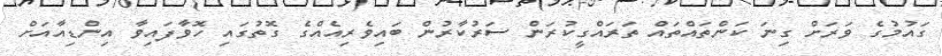
ގައުމުގެ ވަރަށް ގިނަ ކަންތައްތައް ތަރައްގީކުރަން ސަރުކާރުން ބައިވެރިއެއްގެ ގޮތުގައި ހޮވާފައިވާ އިންޑިއާއަށް